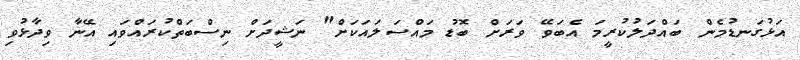
އަޅުގަނޑުމެން ބައްދަލުކުރީމަ އެބަވޭ ވަރަށް ބޮޑު މައްސަލައަކަށް" ނަޝީދަށް ނިސްބަތްކުރައްވައި އޭނާ ވިދާޅުވި